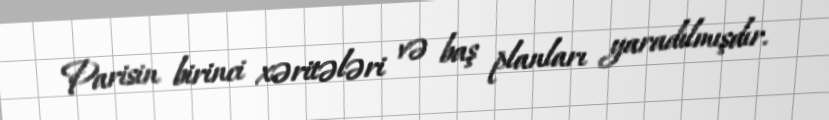
Parisin birinci xəritələri və baş planları yaradılmışdır.